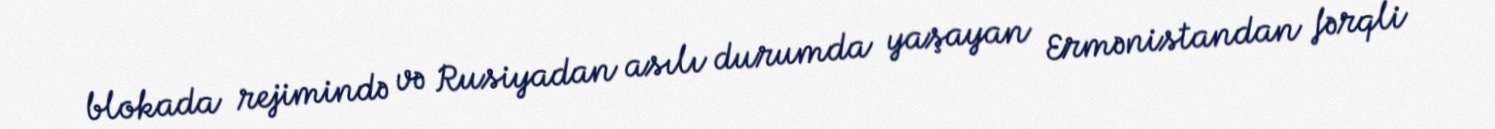
blokada rejimində və Rusiyadan asılı durumda yaşayan Ermənistandan fərqli